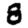
Digit: 8